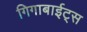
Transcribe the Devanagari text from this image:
गिगाबाईट्स